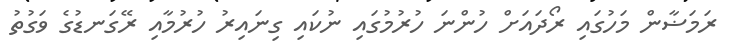
ރަމަޟާން މަހުގައި ރޯދައަށް ހުންނަ ހުރުމުގައި ނުކައި ގިނައިރު ހުރުމާއި ރޭގަނޑުގެ ވަގުތު